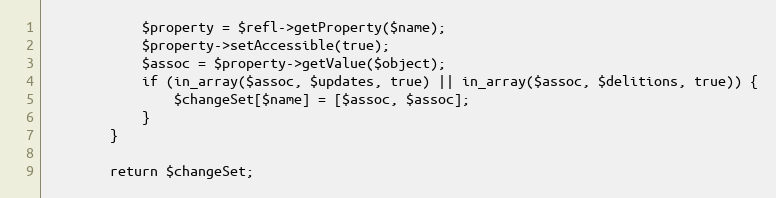
Language: PHP
            $property = $refl->getProperty($name);
            $property->setAccessible(true);
            $assoc = $property->getValue($object);
            if (in_array($assoc, $updates, true) || in_array($assoc, $delitions, true)) {
                $changeSet[$name] = [$assoc, $assoc];
            }
        }

        return $changeSet;